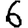
Digit: 6